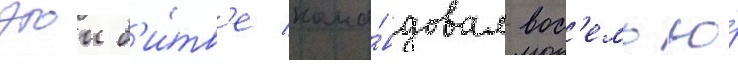
этои б'и́тв'е кома́ндовал вос'емью́